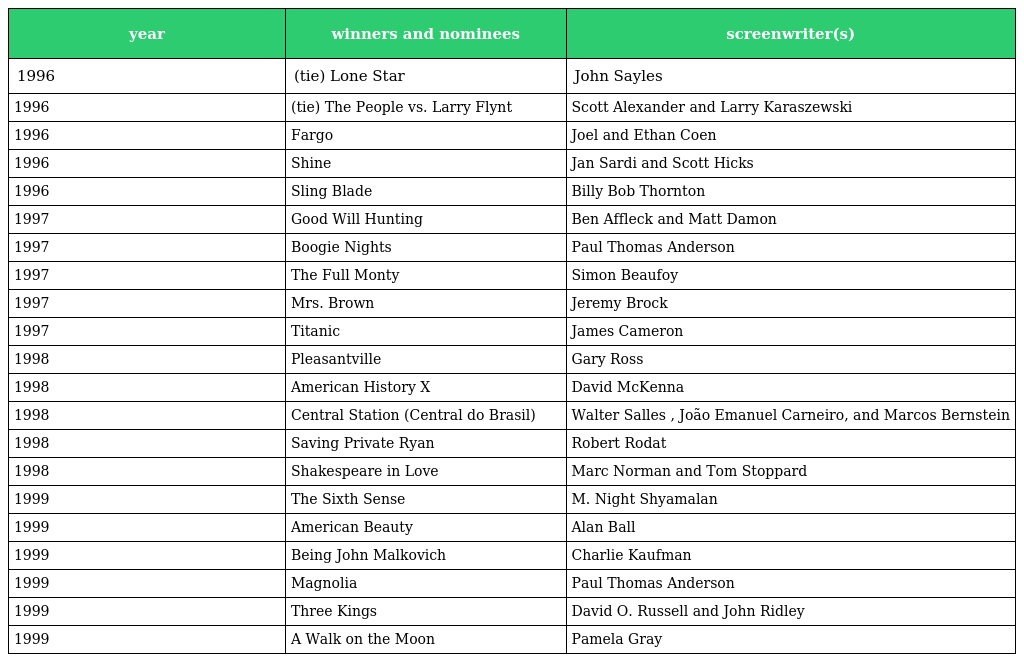
| year | winners and nominees | screenwriter(s) |
 | --- | --- | --- |
 | 1996 | (tie) Lone Star | John Sayles |
 | 1996 | (tie) The People vs. Larry Flynt | Scott Alexander and Larry Karaszewski |
 | 1996 | Fargo | Joel and Ethan Coen |
 | 1996 | Shine | Jan Sardi and Scott Hicks |
 | 1996 | Sling Blade | Billy Bob Thornton |
 | 1997 | Good Will Hunting | Ben Affleck and Matt Damon |
 | 1997 | Boogie Nights | Paul Thomas Anderson |
 | 1997 | The Full Monty | Simon Beaufoy |
 | 1997 | Mrs. Brown | Jeremy Brock |
 | 1997 | Titanic | James Cameron |
 | 1998 | Pleasantville | Gary Ross |
 | 1998 | American History X | David McKenna |
 | 1998 | Central Station (Central do Brasil) | Walter Salles , João Emanuel Carneiro, and Marcos Bernstein |
 | 1998 | Saving Private Ryan | Robert Rodat |
 | 1998 | Shakespeare in Love | Marc Norman and Tom Stoppard |
 | 1999 | The Sixth Sense | M. Night Shyamalan |
 | 1999 | American Beauty | Alan Ball |
 | 1999 | Being John Malkovich | Charlie Kaufman |
 | 1999 | Magnolia | Paul Thomas Anderson |
 | 1999 | Three Kings | David O. Russell and John Ridley |
 | 1999 | A Walk on the Moon | Pamela Gray |